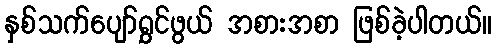
နှစ်သက်ပျော်ရွှင်ဖွယ် အစားအစာ ဖြစ်ခဲ့ပါတယ်။